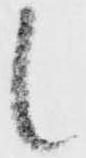
候